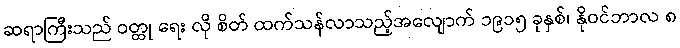
ဆရာကြီးသည် ဝတ္ထု ရေး လို စိတ် ထက်သန်လာသည့်အလျောက် ၁၉၁၅ ခုနှစ်၊ နိုဝင်ဘာလ ၈